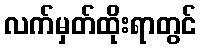
လက်မှတ်ထိုးရာတွင်